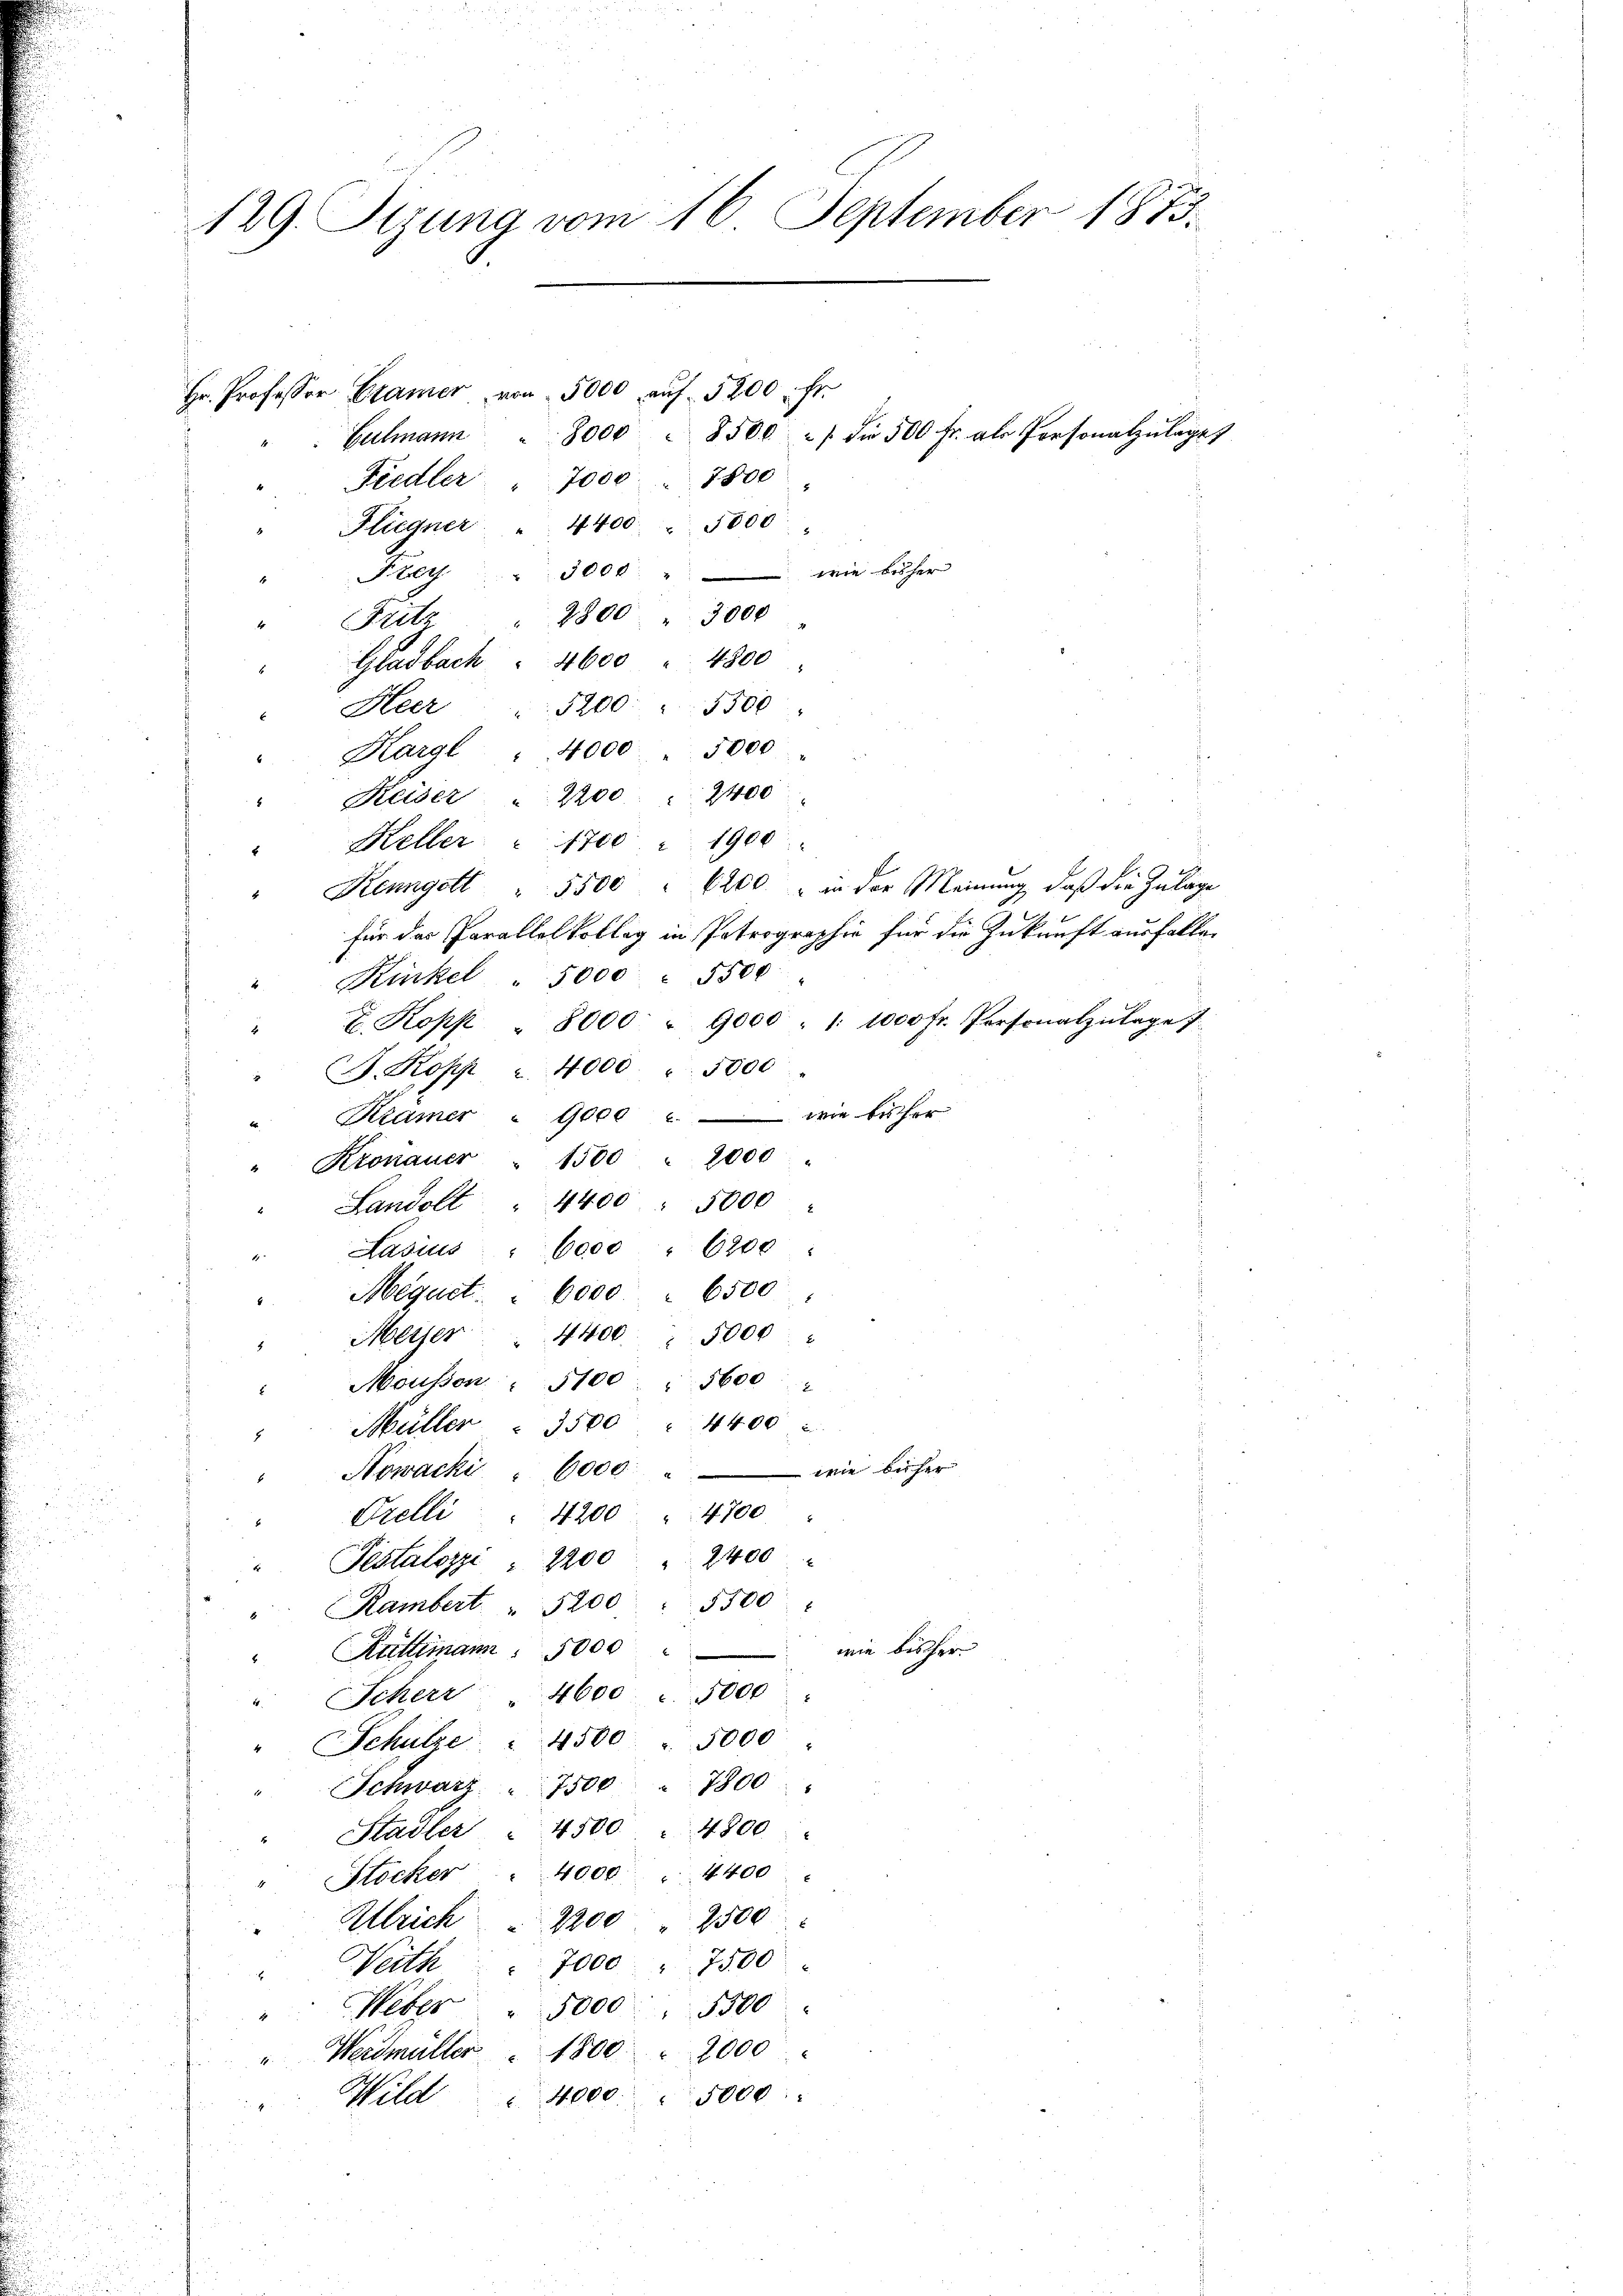
129. Szuna vom 16. September 1873.

Hr. Professor Camer von 5000 aŭf 5200 fr.
Culmann. 8000 " 8500 " " die 500 fr. als Personalzulages
Fiedler " 7000 " 7800
Hligner " 4400 5000
3000 " wie bisher
Kleg
2800 " 3000
Fritz
4
Gladbach " 4600 " 4800
Heer " 1200 " 5500
" Kargl " 4000 5000
" Keiser " 2200 " 2400:
Keller "  1700 " 1900
" Kenngott 5500 " 6200 " in der Meinung, daß die Zulage
für das Parallelkolleg in Patrographie für die Zukunft ausfallen
Kinkel 5000 " 5500
 Kopp 8000 " 9000 : 1: 1000 Fr. Personalzulage
J. Kopp " 4000 5000
Kramer " 9000 u. wie bisher
Kronauer " 1500 " 2000
Landolt 4400 " 5000
Ladius " 6000 " 6800
Megnet. " 6000 6500
Meiser 4400 " 5000
Mousson " 51005600
Müller " 3500 " 4400
Nowacki " 6000 " wie bisher
4200 " 4700
Orelli
Pestalozzi " 2200 " 2400
Rambert 5200 : 5500
wie bisher
Rüttimann 1000
" Scherr 4600 " 5000
Schulze " 4500 5000
Schwarz " 7500 " 7800
Stadler " 4500 4800.
40004400
Stocker
2500
Ulrich   2200
7000 " 7500
Neith
Weber " 5000 " 5500
Werdmüller 1800 2000
Wild 4000 " 5000.